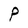
Character: P